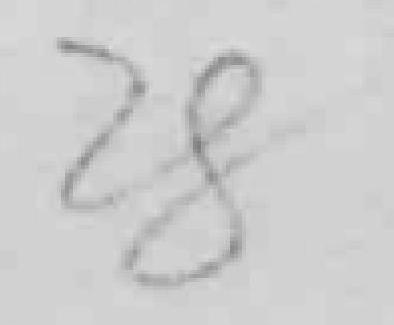
28